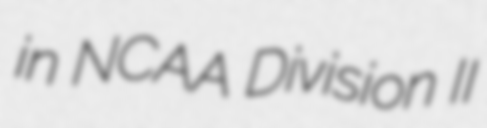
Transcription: in NCAA Division II